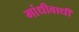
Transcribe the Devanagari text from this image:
गांधीवाधी